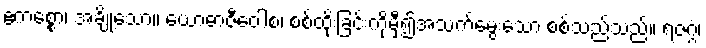
ဧကစ္စော၊ အချို့သော။ ယောဓာဇီဝေါစ၊ စစ်ထိုးခြင်းကိုမှီ၍အသက်မွေးသော စစ်သည်သည်။ ရဇဂ္ဂံ၊